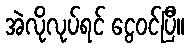
အဲလိုလုပ်ရင် ငွေဝင်ပြီ။